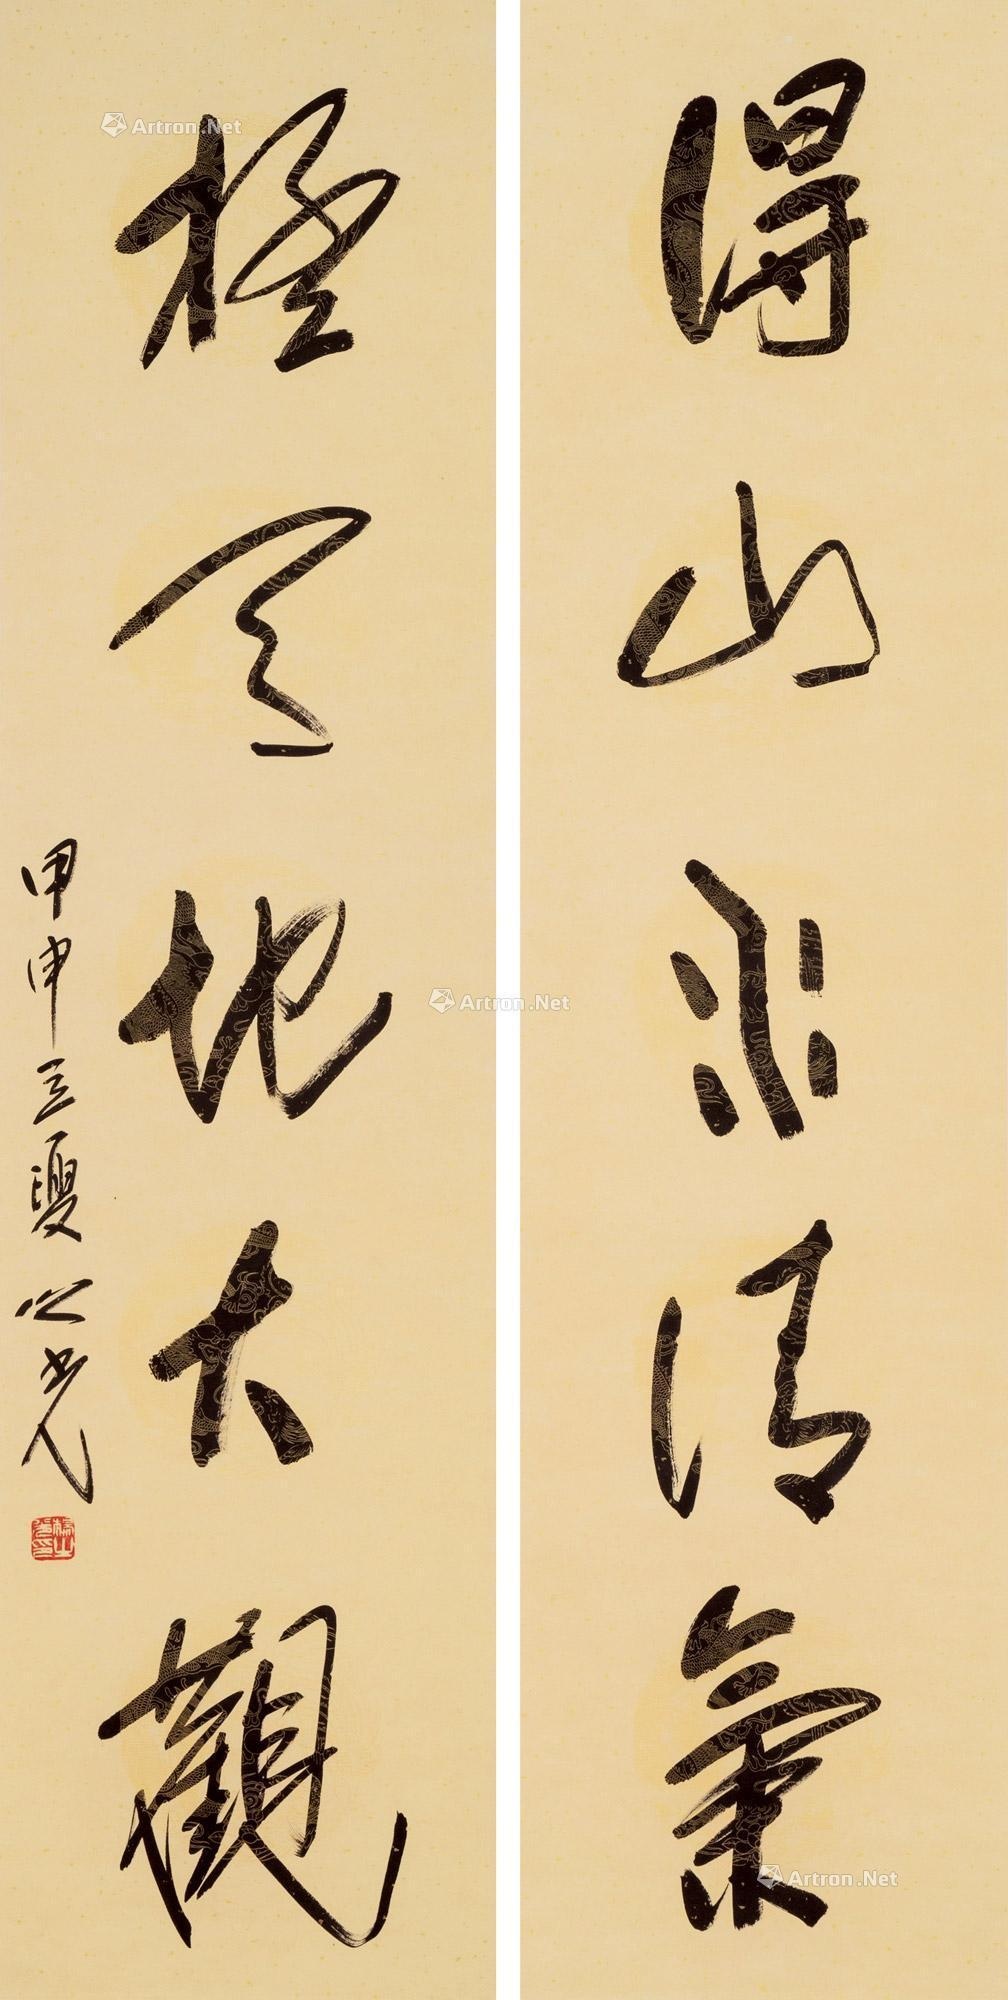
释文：得山水清气，极天地大观。甲申立夏，之光。